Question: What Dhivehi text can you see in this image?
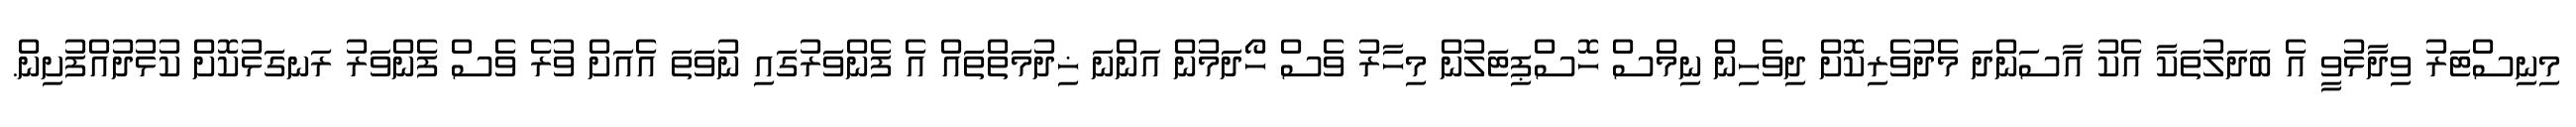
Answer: މިނިސްޓަރު ވިދާޅުވީ އެ ބަދަލުތަކާ އެކު އާސަންދަ މެދުވެރިކޮށް ދިވެހިން ނިމްސް ހޮސްޕިޓަލުން މިހާރު ވެސް ހޯދަމުން އަންނަ ޚިދުމަތްތައް އެ ފެންވަރުގައި ނުވަތަ އެއަށް ވުރެ ވެސް ފެންވަރު ރަނގަޅުކޮށް ކުޅުދުއްފުށިން.